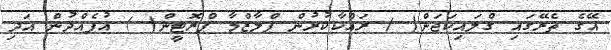
އޭގެ ތެރޭގައި ގްލައިކަޖަން( ) ރައްކާކުރުން ޕްލާޒްމާ ޕްރޮޓީން( ) އުފެއްދުން އަދި